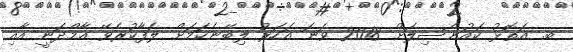
ބ. އަތޮޅު ކައުންސިލަށް 2018 ވަނަ އަހަރު ލިބޭނެކަމަށް ލަފާކުރެވޭ އާމްދަނީ އާއި